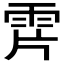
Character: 𩂌